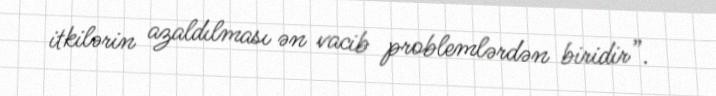
itkilərin azaldılması ən vacib problemlərdən biridir”.